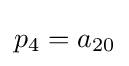
p_{4}=a_{20}